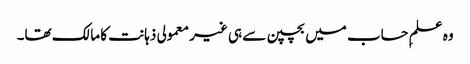
وہ علمِ حساب میں بچپن سے ہی غیر معمولی ذہانت کا مالک تھا۔